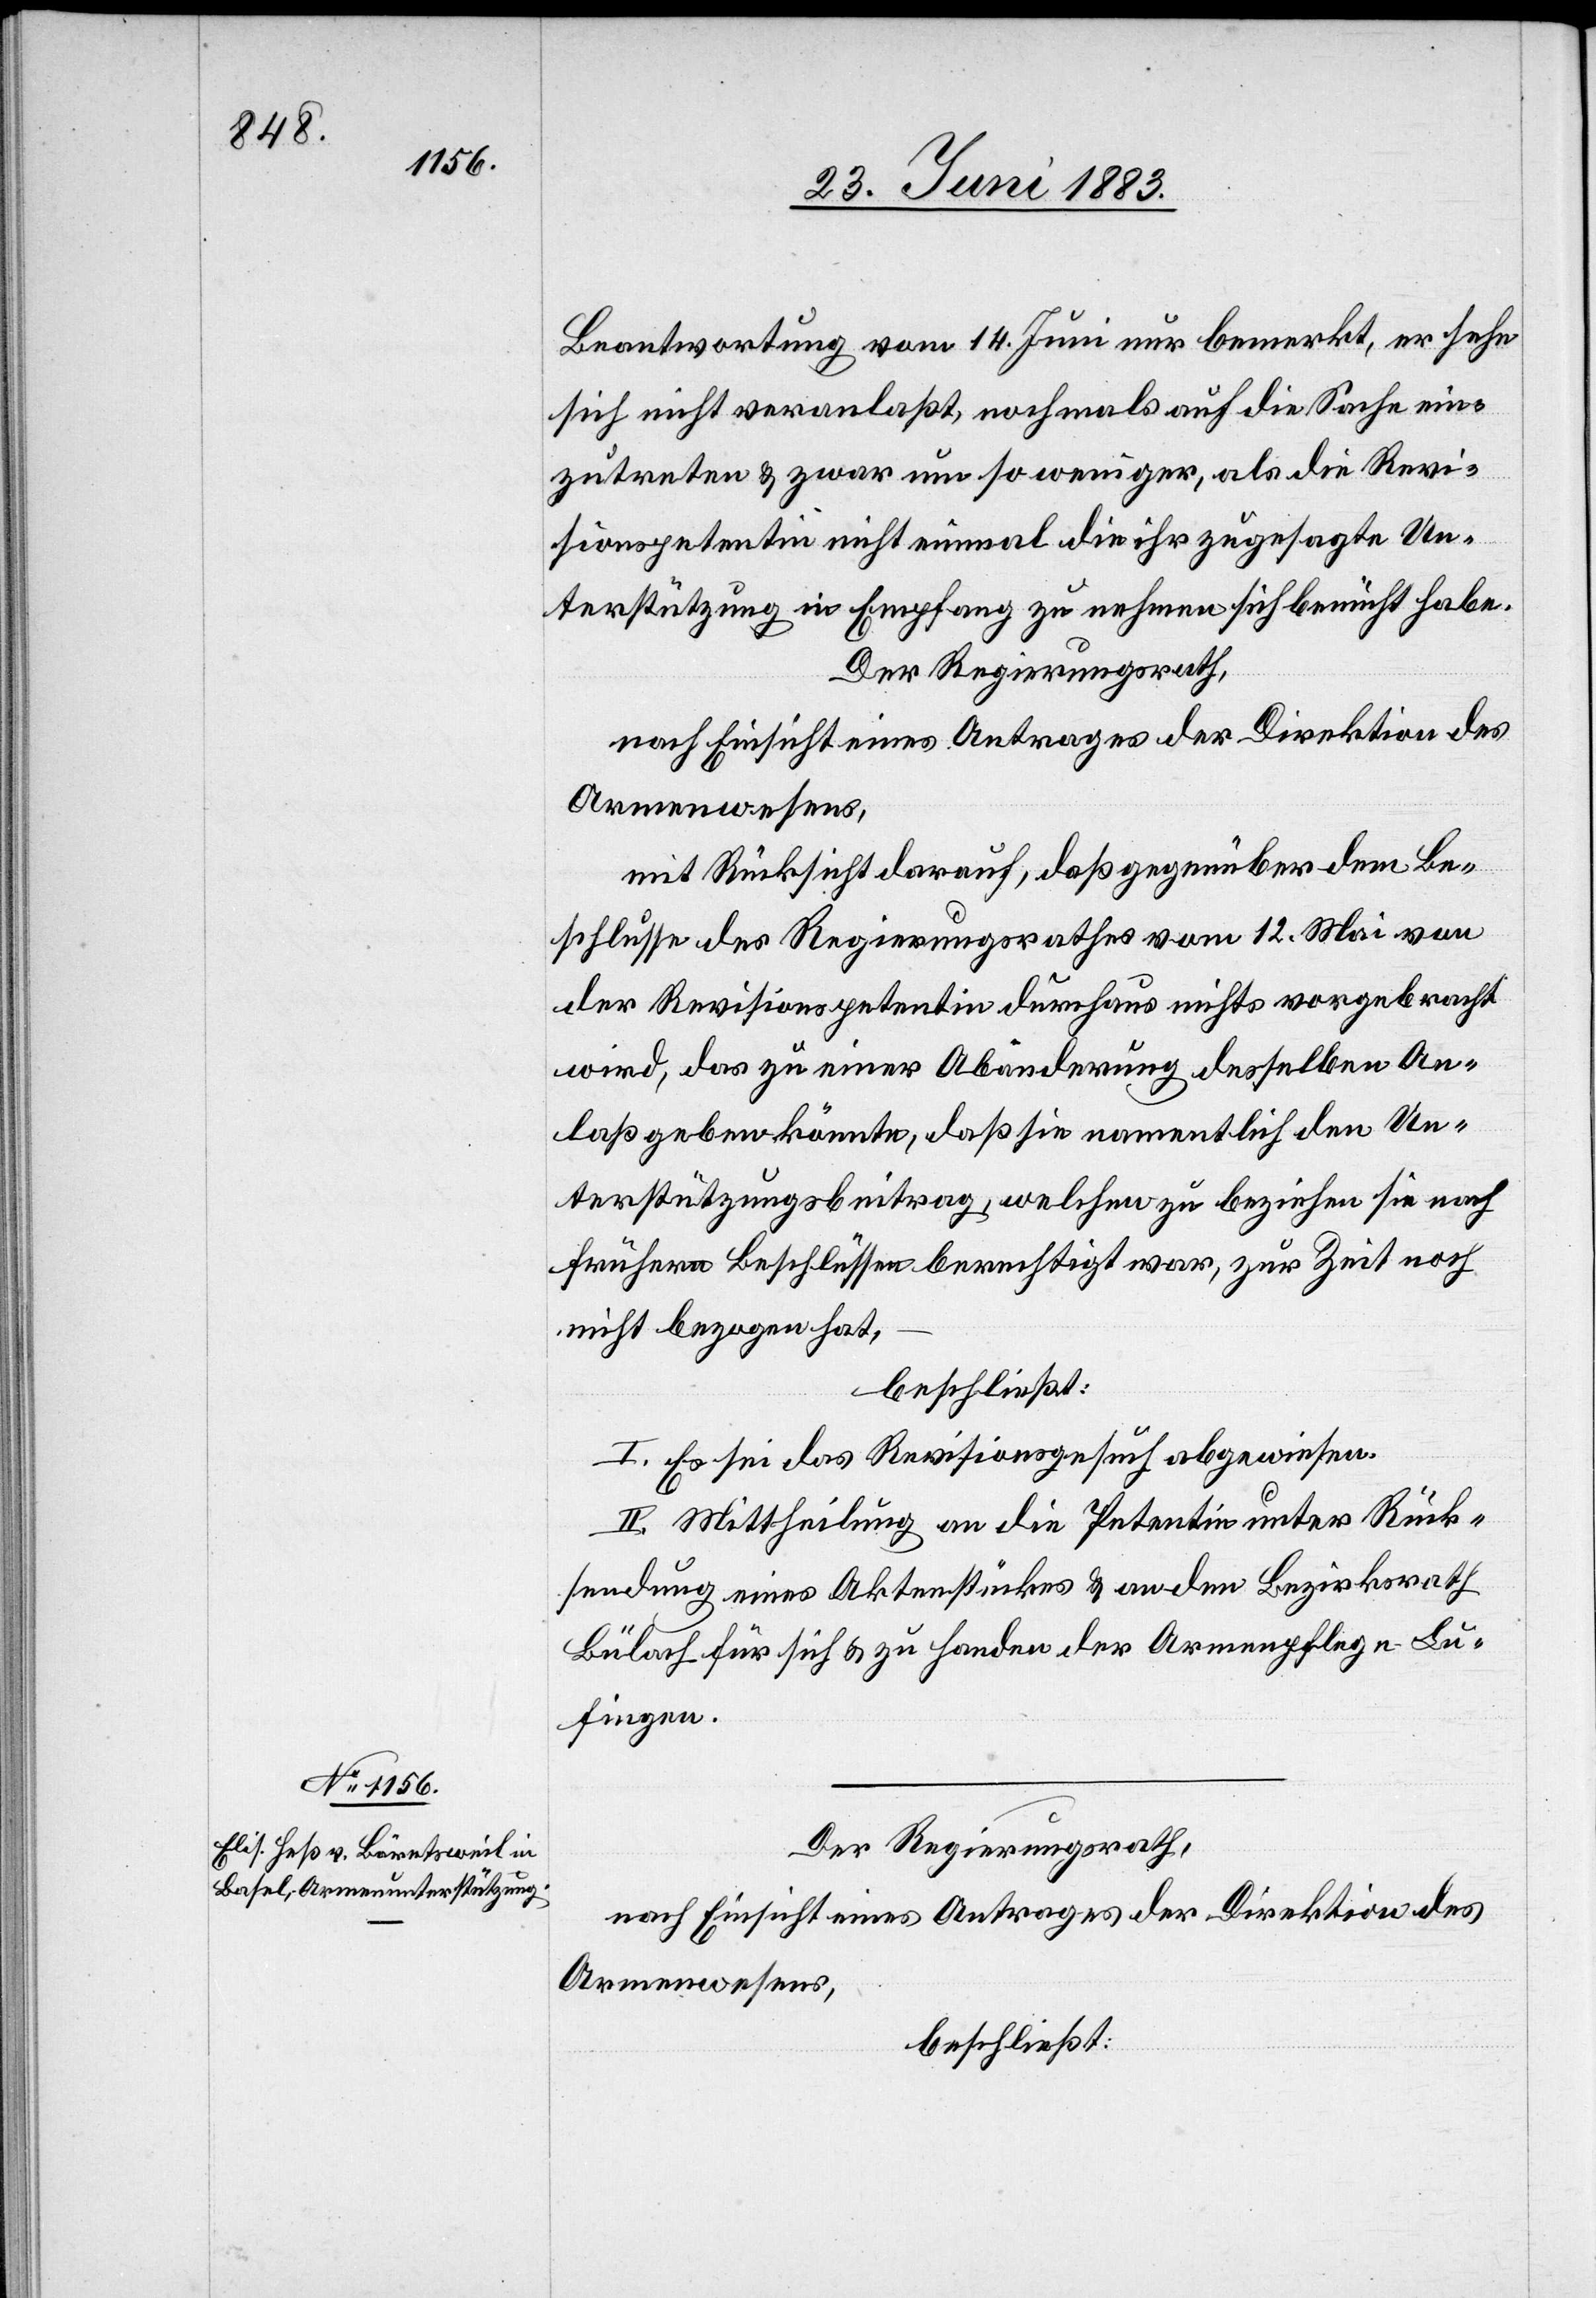
Beantwortung vom 14. Juni nur bemerkt, er sehe
sich nicht veranlaßt, nochmals auf die Sache ein¬
zutreten & zwar um so weniger, als die Revi¬
sionspetentin nicht einmal die ihr zugesagte Un¬
terstützung in Empfang zu nehmen sich bemüht habe.
Der Regierungsrath,
nach Einsicht eines Antrages der Direktion des
Armenwesens,
mit Rücksicht darauf, daß gegenüber dem Be¬
schlusse des Regierungsrathes vom 12. Mai von
der Revisionspetentin durchaus nichts vorgebracht
wird, das zu einer Abänderung desselben An¬
laß geben könnte, daß sie namentlich den Un¬
terstützungsbeitrag, welchen zu beziehen sie nach
frühern Beschlüssen berechtigt war, zur Zeit noch
nicht bezogen hat,
beschließt:
I. Es sei das Revisionsgesuch abgewiesen.
II. Mittheilung an die Petentin unter Rück¬
sendung eines Aktenstückes & an den Bezirksrath
Bülach für sich & zu Handen der Armenpflege Lu¬
fingen.
Der Regierungsrath,
nach Einsicht eines Antrages der Direktion des
Armenwesens,
beschließt: